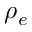
\rho _ { e }